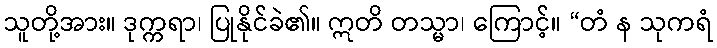
သူတို့အား။ ဒုက္ကရာ၊ ပြုနိုင်ခဲ၏။ ဣတိ တသ္မာ၊ ကြောင့်။ “တံ န သုကရံ